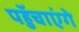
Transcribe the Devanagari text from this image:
पहुॅचाएंगे